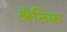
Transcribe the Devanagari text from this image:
श्रेनिक